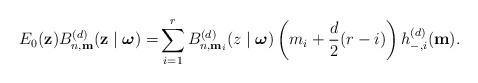
LaTeX: \begin{align*}E_{0}(\mathbf{z})B_{n,\mathbf{m}}^{(d)}(\mathbf{z}\mid {\boldsymbol{\omega}})=&\sum_{i=1}^{r} B_{n,\mathbf{m}_{i}}^{(d)}(z\mid {\boldsymbol{\omega}}) \left(m_{i}+\frac{d}{2}(r-i)\right) h_{-,i}^{(d)}(\mathbf{m}).\end{align*}